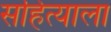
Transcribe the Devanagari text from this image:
सहित्याला